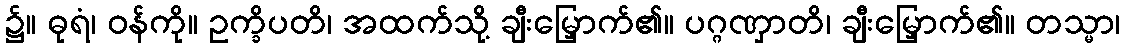
၌။ ဓုရံ၊ ဝန်ကို။ ဥက္ခိပတိ၊ အထက်သို့ ချီးမြှောက်၏။ ပဂ္ဂဏှာတိ၊ ချီးမြှောက်၏။ တသ္မာ၊